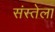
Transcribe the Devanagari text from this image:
संस्तेला